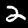
Digit: 2